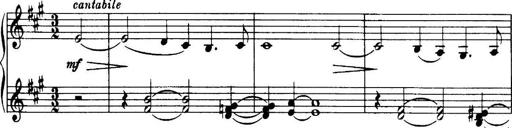
Title: 3 Sonatinas, Op.67
Composer: Jean Sibelius